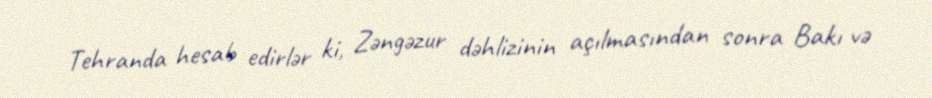
Tehranda hesab edirlər ki, Zəngəzur dəhlizinin açılmasından sonra Bakı və